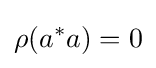
\rho (a^{*}a)=0